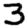
Digit: 3